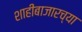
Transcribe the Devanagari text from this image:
शाहीबाजारच्या